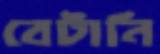
বেটানি